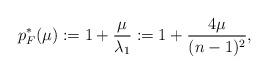
LaTeX: \begin{align*}p_{F}^{*}(\mu):=1 + \frac{\mu}{\lambda_1} := 1+\frac{4\mu}{(n-1)^{2}}, \end{align*}